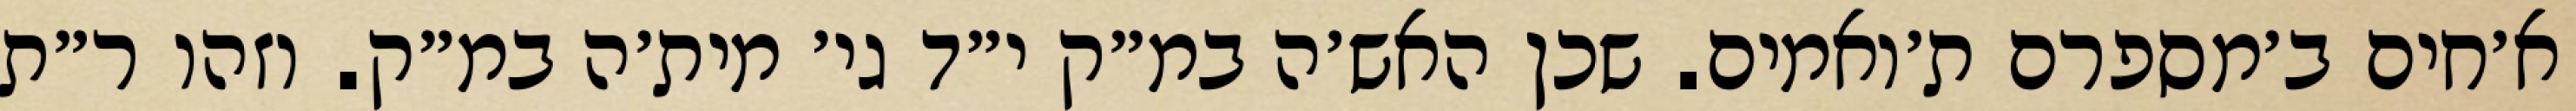
א׳חים ב׳מספרם ת׳ואמים. שכן האש׳ה במ״ק י״ד גי׳ מית׳ה במ״ק. וזהו ר״ת